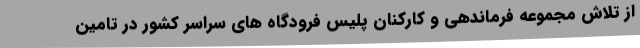
از تلاش مجموعه فرماندهی و کارکنان پلیس فرودگاه های سراسر کشور در تامین